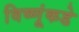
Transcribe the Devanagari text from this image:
विष्णूंकडे